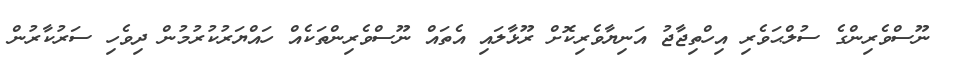
ނޫސްވެރިންގެ ސުލްޙަވެރި އިހްތިޖާޖު އަނިޔާވެރިކޮށް ރޫޅާލައި އެތައް ނޫސްވެރިންތަކެއް ހައްޔަރުކުރުމުން ދިވެހި ސަރުކާރުން